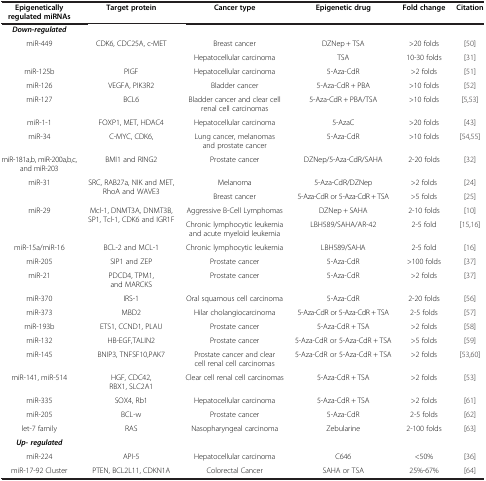
<table><thead><tr><td><b>Epigenetically regulated miRNAs</b></td><td><b>Target protein</b></td><td><b>Cancer type</b></td><td><b>Epigenetic drug</b></td><td><b>Fold change</b></td><td><b>Citation</b></td></tr></thead><tbody><tr><td><b><i>Down-regulated</i></b></td><td> </td><td> </td><td> </td><td> </td><td> </td></tr><tr><td rowspan="2">miR-449</td><td rowspan="2">CDK6, CDC25A, c-MET</td><td>Breast cancer</td><td>DZNep + TSA</td><td>&gt;20 folds</td><td>[50]</td></tr><tr><td>Hepatocellular carcinoma</td><td>TSA</td><td>10-30 folds</td><td>[31]</td></tr><tr><td>miR-125b</td><td>PIGF</td><td>Hepatocellular carcinoma</td><td>5-Aza-CdR</td><td>&gt;2 folds</td><td>[51]</td></tr><tr><td>miR-126</td><td>VEGFA, PIK3R2</td><td>Bladder cancer</td><td>5-Aza-CdR + PBA</td><td>&gt;10 folds</td><td>[52]</td></tr><tr><td>miR-127</td><td>BCL6</td><td>Bladder cancer and clear cell renal cell carcinomas</td><td>5-Aza-CdR + PBA/TSA</td><td>&gt;10 folds</td><td>[5,53]</td></tr><tr><td>miR-1-1</td><td>FOXP1, MET, HDAC4</td><td>Hepatocellular carcinoma</td><td>5-AzaC</td><td>&gt;20 folds</td><td>[43]</td></tr><tr><td>miR-34</td><td>C-MYC, CDK6,</td><td>Lung cancer, melanomas and prostate cancer</td><td>5-Aza-CdR</td><td>&gt;10 folds</td><td>[54,55]</td></tr><tr><td>miR-181a,b, miR-200a,b,c, and miR-203</td><td>BMI1 and RING2</td><td>Prostate cancer</td><td>DZNep/5-Aza-CdR/SAHA</td><td>2-20 folds</td><td>[32]</td></tr><tr><td rowspan="2">miR-31</td><td rowspan="2">SRC, RAB27a, NIK and MET, RhoA and WAVE3</td><td>Melanoma</td><td>5-Aza-CdR/DZNep</td><td>&gt;2 folds</td><td>[24]</td></tr><tr><td>Breast cancer</td><td>5-Aza-CdR or 5-Aza-CdR + TSA</td><td>&gt;5 folds</td><td>[25]</td></tr><tr><td rowspan="2">miR-29</td><td rowspan="2">Mcl-1, DNMT3A, DNMT3B,SP1, Tcl-1, CDK6 and IGR1F</td><td>Aggressive B-Cell Lymphomas</td><td>DZNep + SAHA</td><td>2-10 folds</td><td>[10]</td></tr><tr><td>Chronic lymphocytic leukemia and acute myeloid leukemia</td><td>LBH589/SAHA/AR-42</td><td>2-5 fold</td><td>[15,16]</td></tr><tr><td>miR-15a/miR-16</td><td>BCL-2 and MCL-1</td><td>Chronic lymphocytic leukemia</td><td>LBH589/SAHA</td><td>2-5 fold</td><td>[16]</td></tr><tr><td>miR-205</td><td>SIP1 and ZEP</td><td>Prostate cancer</td><td>5-Aza-CdR</td><td>&gt;100 folds</td><td>[37]</td></tr><tr><td>miR-21</td><td>PDCD4, TPM1, and MARCKS</td><td>Prostate cancer</td><td>5-Aza-CdR</td><td>&gt;2 folds</td><td>[37]</td></tr><tr><td>miR-370</td><td>IRS-1</td><td>Oral squamous cell carcinoma</td><td>5-Aza-CdR</td><td>2-20 folds</td><td>[56]</td></tr><tr><td>miR-373</td><td>MBD2</td><td>Hilar cholangiocarcinoma</td><td>5-Aza-CdR or 5-Aza-CdR + TSA</td><td>2-5 folds</td><td>[57]</td></tr><tr><td>miR-193b</td><td>ETS1, CCND1, PLAU</td><td>Prostate cancer</td><td>5-Aza-CdR + TSA</td><td>&gt;2 folds</td><td>[58]</td></tr><tr><td>miR-132</td><td>HB-EGF,TALIN2</td><td>Prostate cancer</td><td>5-Aza-CdR or 5-Aza-CdR + TSA</td><td>&gt;5 folds</td><td>[59]</td></tr><tr><td>miR-145</td><td>BNIP3, TNFSF10,PAK7</td><td>Prostate cancer and clear cell renal cell carcinomas</td><td>5-Aza-CdR or 5-Aza-CdR + TSA</td><td>&gt;2 folds</td><td>[53,60]</td></tr><tr><td>miR-141, miR-514</td><td>HGF, CDC42, RBX1, SLC2A1</td><td>Clear cell renal cell carcinomas</td><td>5-Aza-CdR + TSA</td><td>&gt;2 folds</td><td>[53]</td></tr><tr><td>miR-335</td><td>SOX4, Rb1</td><td>Hepatocellular carcinoma</td><td>5-Aza-CdR + TSA</td><td>&gt;2 folds</td><td>[61]</td></tr><tr><td>miR-205</td><td>BCL-w</td><td>Prostate cancer</td><td>5-Aza-CdR</td><td>2-5 folds</td><td>[62]</td></tr><tr><td>let-7 family</td><td>RAS</td><td>Nasopharyngeal carcinoma</td><td>Zebularine</td><td>2-100 folds</td><td>[63]</td></tr><tr><td><b><i>Up- regulated</i></b></td><td> </td><td> </td><td> </td><td> </td><td> </td></tr><tr><td>miR-224</td><td>API-5</td><td>Hepatocellular carcinoma</td><td>C646</td><td>&lt;50%</td><td>[36]</td></tr><tr><td>miR-17-92 Cluster</td><td>PTEN, BCL2L11, CDKN1A</td><td>Colorectal Cancer</td><td>SAHA or TSA</td><td>25%-67%</td><td>[64]</td></tr></tbody></table>